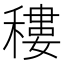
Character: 䅹